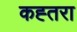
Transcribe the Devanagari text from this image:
कह्तरा